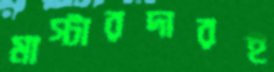
মাস্টারদারই